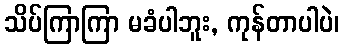
သိပ်ကြာကြာ မခံပါဘူး, ကုန်တာပါပဲ၊